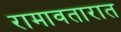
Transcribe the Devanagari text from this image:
रामावतारात